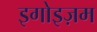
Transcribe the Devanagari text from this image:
इगोइज़म